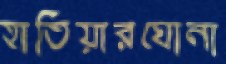
হাতিয়ারঘোনা